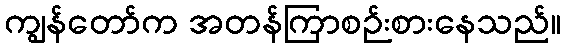
ကျွန်တော်က အတန်ကြာစဉ်းစားနေသည်။